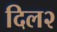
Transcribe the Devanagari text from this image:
दिल२